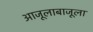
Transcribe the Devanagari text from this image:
आजूलाबाजूला